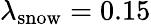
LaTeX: \lambda_{\mathrm{snow}}=0.15